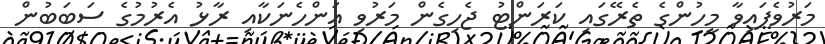
މަރުވެފައިވާ މީހުންގެ ތެރޭގައި ކަރަންޓު ޖެހިގެން މަރުވި އަންހެނަކާއި ރާޅު އެރުމުގެ ސަބަބުން